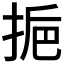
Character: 𢬯